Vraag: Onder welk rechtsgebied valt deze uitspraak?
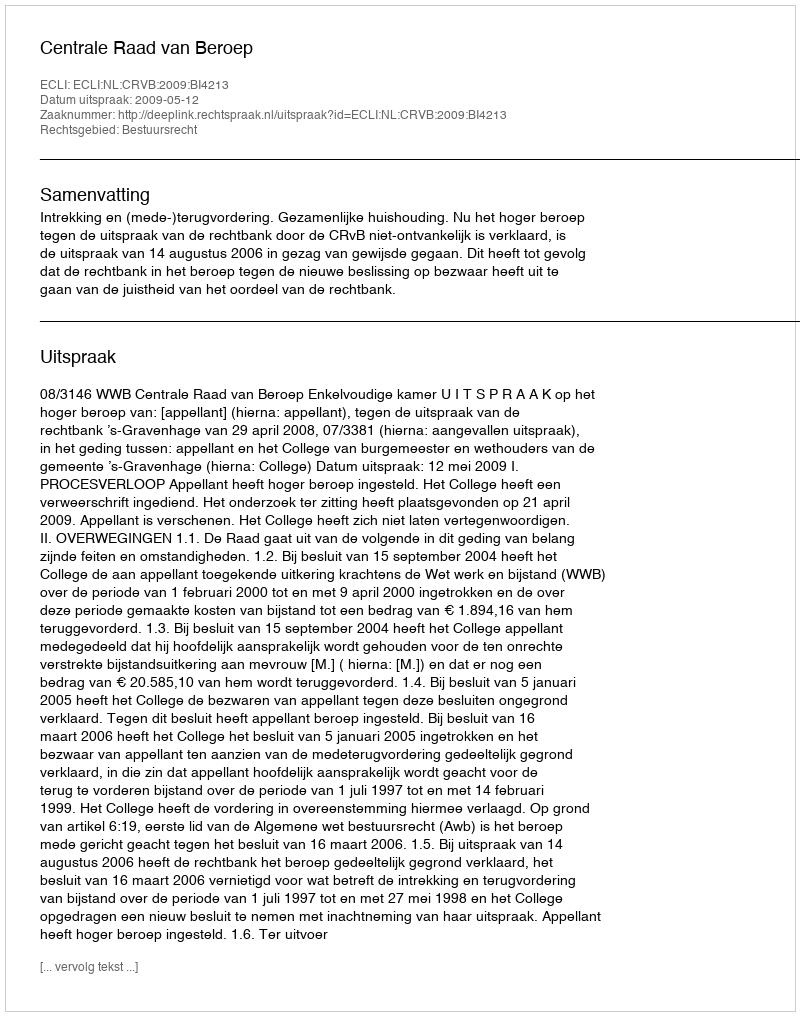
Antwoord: Bestuursrecht